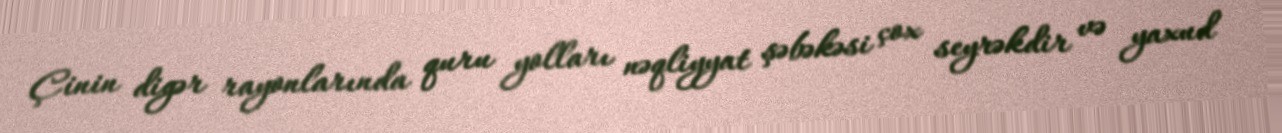
Çinin digər rayonlarında quru yolları nəqliyyat şəbəkəsi çox seyrəkdir və yaxud